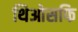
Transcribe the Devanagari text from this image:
थिओसफि